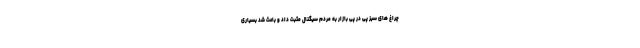
چراغ های سبز پی در پی بازار به مردم سیگنال مثبت داد و باعث شد بسیاری